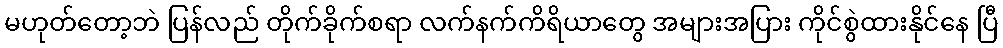
မဟုတ်တော့ဘဲ ပြန်လည် တိုက်ခိုက်စရာ လက်နက်ကိရိယာတွေ အများအပြား ကိုင်စွဲထားနိုင်နေ ပြီ